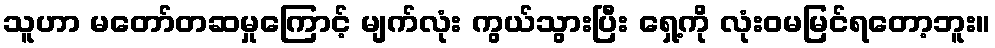
သူဟာ မတော်တဆမှုကြောင့် မျက်လုံး ကွယ်သွားပြီး ရှေ့ကို လုံးဝမမြင်ရတော့ဘူး။